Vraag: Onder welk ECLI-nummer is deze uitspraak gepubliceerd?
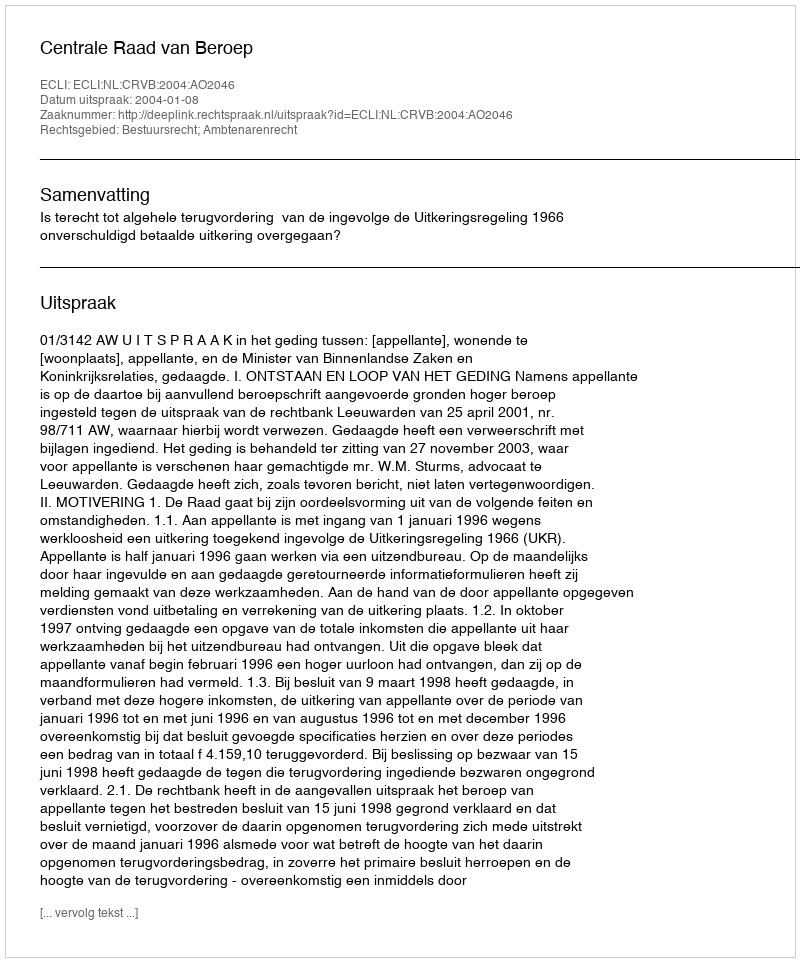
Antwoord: ECLI:NL:CRVB:2004:AO2046